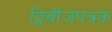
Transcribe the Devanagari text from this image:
द्विबीजपत्रक